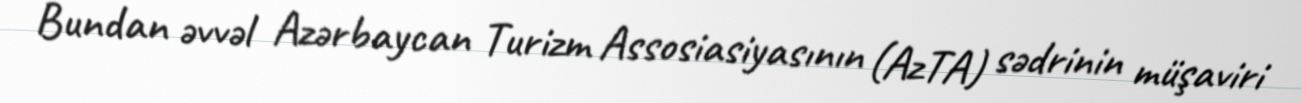
Bundan əvvəl Azərbaycan Turizm Assosiasiyasının (AzTA) sədrinin müşaviri